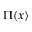
\Pi ( x )